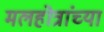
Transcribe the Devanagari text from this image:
मलहोत्रांच्या